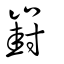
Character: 崶